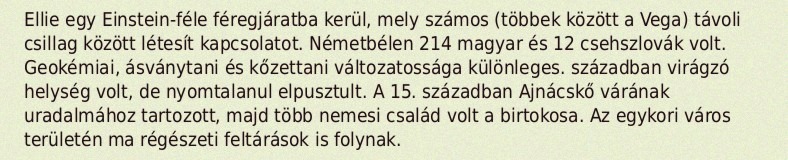
Ellie egy Einstein-féle féregjáratba kerül, mely számos (többek között a Vega) távoli csillag között létesít kapcsolatot. Németbélen 214 magyar és 12 csehszlovák volt. Geokémiai, ásványtani és kőzettani változatossága különleges. században virágzó helység volt, de nyomtalanul elpusztult. A 15. században Ajnácskő várának uradalmához tartozott, majd több nemesi család volt a birtokosa. Az egykori város területén ma régészeti feltárások is folynak.